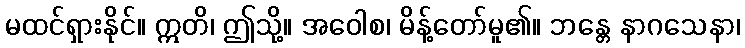
မထင်ရှားနိုင်။ ဣတိ၊ ဤသို့။ အဝေါစ၊ မိန့်တော်မူ၏။ ဘန္တေ နာဂသေနာ၊